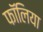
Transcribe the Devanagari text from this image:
फॉलिया